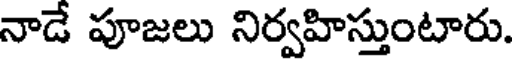
నాడే పూజలు నిర్వహిస్తుంటారు.